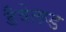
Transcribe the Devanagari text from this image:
डैवेलप्ड